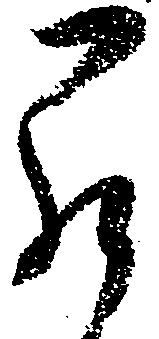
罷